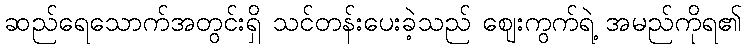
ဆည်ရေသောက်အတွင်းရှိ သင်တန်းပေးခဲ့သည် ဈေးကွက်ရဲ့ အမည်ကိုရ၏